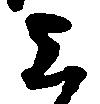
上